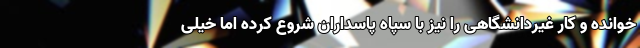
خوانده و کار غیردانشگاهی را نیز با سپاه پاسداران شروع کرده اما خیلی